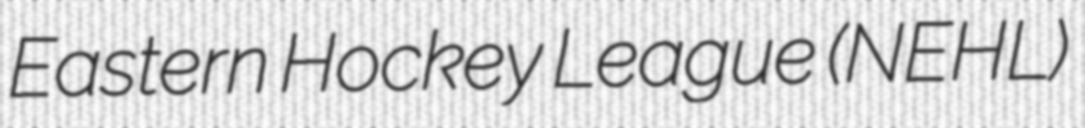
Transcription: Eastern Hockey League (NEHL)